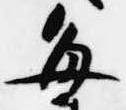
毎